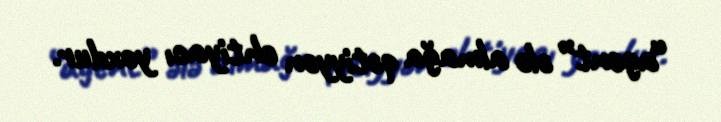
“agent” ələ almağa qətiyyən ehtiyacı yoxdur.